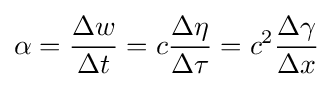
\alpha ={\frac {\Delta w}{\Delta t}}=c{\frac {\Delta \eta }{\Delta \tau }}=c^{2}{\frac {\Delta \gamma }{\Delta x}}